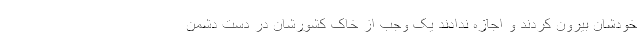
خودشان بیرون کردند و اجازه ندادند یک وجب از خاک کشورشان در دست دشمن